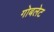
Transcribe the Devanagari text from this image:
गोबलेट